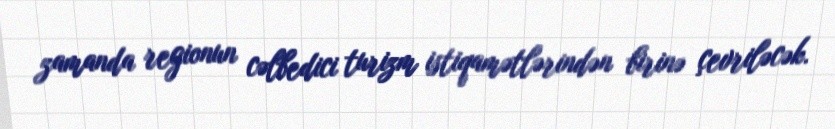
zamanda regionun cəlbedici turizm istiqamətlərindən birinə çevriləcək.